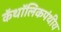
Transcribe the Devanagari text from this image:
कॅथॉलिकपंथीय